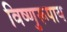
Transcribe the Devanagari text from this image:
विष्णुरूपाय